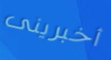
أخبرينى